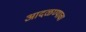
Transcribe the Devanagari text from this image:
आदळण्याचा